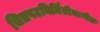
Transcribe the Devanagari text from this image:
चित्रपटनिर्मितीमागील